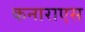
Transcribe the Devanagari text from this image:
कनाराएस